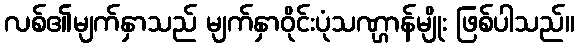
လစ်၏မျက်နှာသည် မျက်နှာဝိုင်းပုံသဏ္ဌာန်မျိုး ဖြစ်ပါသည်။